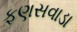
ફણસવાડા